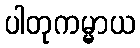
ပါတုကမ္မာယ